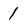
Character: 1